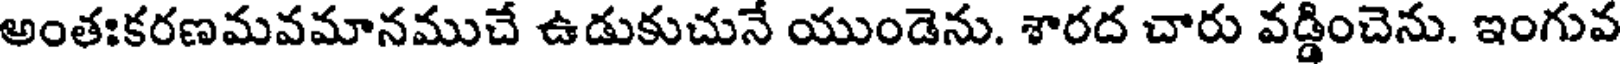
అంతఃకరణమవమానముచే ఉడుకుచునే యుండెను. శారద చారు వడ్డించెను. ఇంగువ